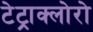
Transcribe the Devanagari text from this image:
टेट्राक्लोरो